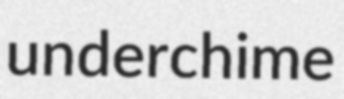
underchime